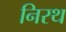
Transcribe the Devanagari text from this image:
निरथ